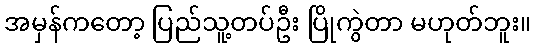
အမှန်ကတော့ ပြည်သူ့တပ်ဦး ပြိုကွဲတာ မဟုတ်ဘူး။